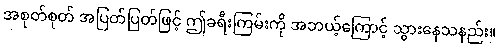
အစုတ်စုတ် အပြတ်ပြတ်ဖြင့် ဤခရီးကြမ်းကို အဘယ့်ကြောင့် သွားနေသနည်း။